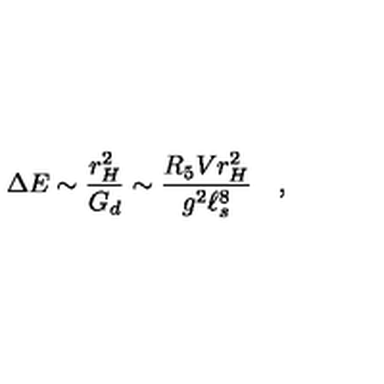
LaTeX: \Delta E \sim { \frac { r _ { H } ^ { 2 } } { G _ { d } } } \sim { \frac { R _ { 5 } V r _ { H } ^ { 2 } } { g ^ { 2 } \ell _ { s } ^ { 8 } } } \quad ,